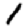
Digit: 1